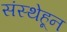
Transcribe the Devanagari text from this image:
संस्थेहून